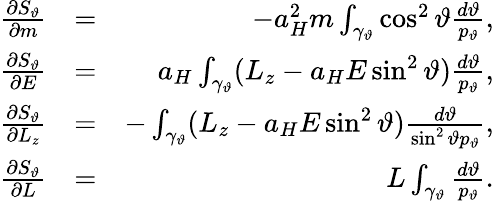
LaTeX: \begin{array}{rlr}{\frac{\partial S_{\vartheta}}{\partial m}}&{=}&{-a_{H}^{2}m\int_{\gamma_{\vartheta}}\cos^{2}\vartheta\frac{d\vartheta}{p_{\vartheta}},}\\ {\frac{\partial S_{\vartheta}}{\partial E}}&{=}&{a_{H}\int_{\gamma_{\vartheta}}(L_{z}-a_{H}E\sin^{2}\vartheta)\frac{d\vartheta}{p_{\vartheta}},}\\ {\frac{\partial S_{\vartheta}}{\partial L_{z}}}&{=}&{-\int_{\gamma_{\vartheta}}(L_{z}-a_{H}E\sin^{2}\vartheta)\frac{d\vartheta}{\sin^{2}\vartheta p_{\vartheta}},}\\ {\frac{\partial S_{\vartheta}}{\partial L}}&{=}&{L\int_{\gamma_{\vartheta}}\frac{d\vartheta}{p_{\vartheta}}.}\end{array}